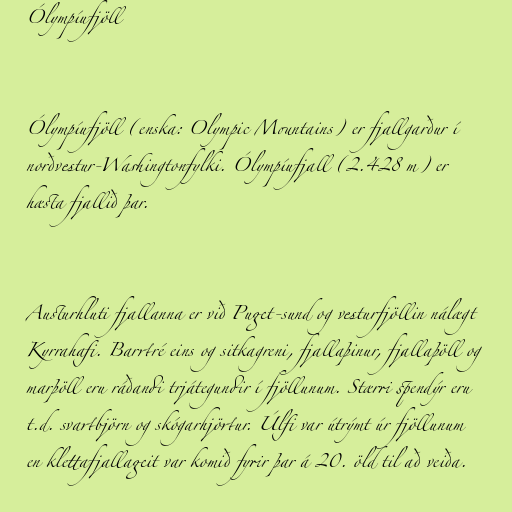
Ólympíufjöll

Ólympíufjöll (enska: Olympic Mountains) er fjallgarður í
norðvestur-Washingtonfylki. Ólympíufjall (2.428 m) er
hæsta fjallið þar.

Austurhluti fjallanna er við Puget-sund og vesturfjöllin nálægt
Kyrrahafi. Barrtré eins og sitkagreni, fjallaþinur, fjallaþöll og
marþöll eru ráðandi trjátegundir í fjöllunum. Stærri spendýr eru
t.d. svartbjörn og skógarhjörtur. Úlfi var útrýmt úr fjöllunum
en klettafjallageit var komið fyrir þar á 20. öld til að veiða.